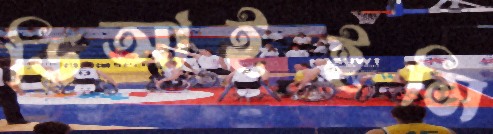
ডিআইইসি